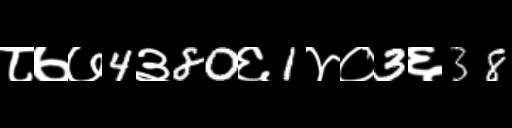
Text: ८७७4३80६1४०3६38